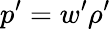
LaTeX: p^{\prime}=w^{\prime}\rho^{\prime}